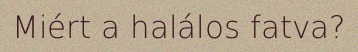
Miért a halálos fatva?